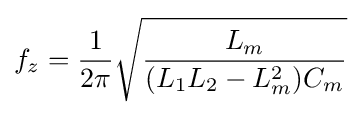
f_{z}={\frac {1}{2\pi }}{\sqrt {\frac {L_{m}}{(L_{1}L_{2}-L_{m}^{2})C_{m}}}}